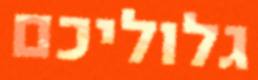
גלוליכם